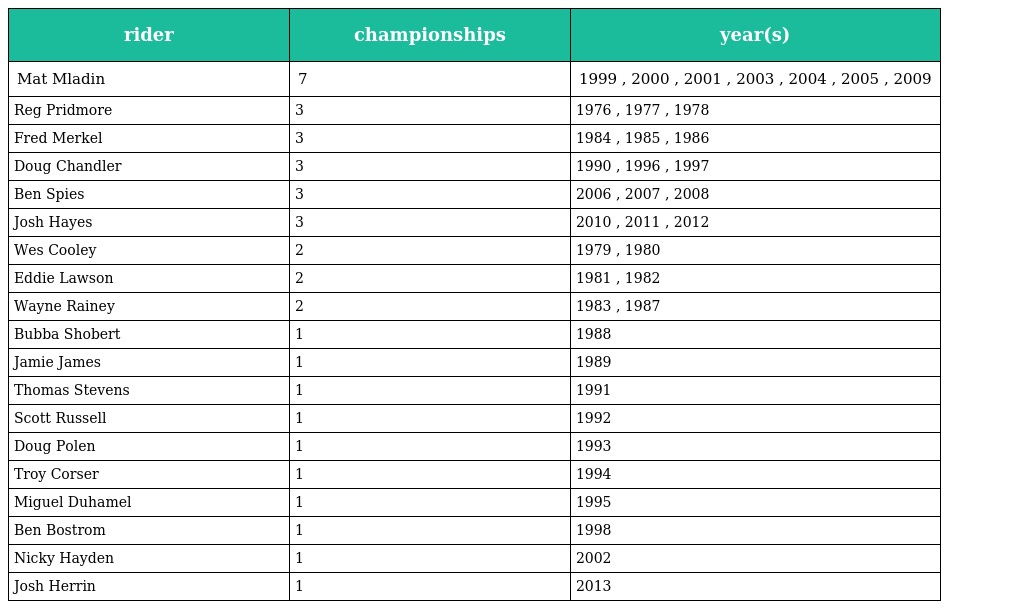
| rider | championships | year(s) |
 | --- | --- | --- |
 | Mat Mladin | 7 | 1999 , 2000 , 2001 , 2003 , 2004 , 2005 , 2009 |
 | Reg Pridmore | 3 | 1976 , 1977 , 1978 |
 | Fred Merkel | 3 | 1984 , 1985 , 1986 |
 | Doug Chandler | 3 | 1990 , 1996 , 1997 |
 | Ben Spies | 3 | 2006 , 2007 , 2008 |
 | Josh Hayes | 3 | 2010 , 2011 , 2012 |
 | Wes Cooley | 2 | 1979 , 1980 |
 | Eddie Lawson | 2 | 1981 , 1982 |
 | Wayne Rainey | 2 | 1983 , 1987 |
 | Bubba Shobert | 1 | 1988 |
 | Jamie James | 1 | 1989 |
 | Thomas Stevens | 1 | 1991 |
 | Scott Russell | 1 | 1992 |
 | Doug Polen | 1 | 1993 |
 | Troy Corser | 1 | 1994 |
 | Miguel Duhamel | 1 | 1995 |
 | Ben Bostrom | 1 | 1998 |
 | Nicky Hayden | 1 | 2002 |
 | Josh Herrin | 1 | 2013 |